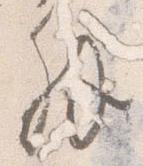
解